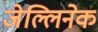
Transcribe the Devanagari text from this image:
जेल्लिनेक